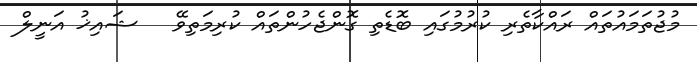
މުޖުތަމައުތައް ރައްކާތެރި ކުރުމުގައި ބޮޑެތި ގޮންޖެހުންތައް ކުރިމަތިވޭ   ޝައިޚު އަނީލް